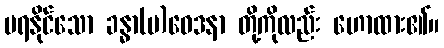
မရနိုင်သော ခန္ဓာ(ပ)ဝေဒနာ တို့ကိုလည်း ဟောထား၏။